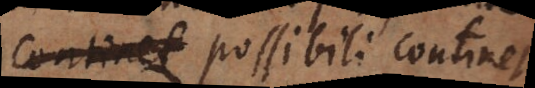
plena possibili continet